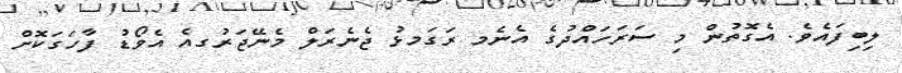
ލިބިފައެވެ. އެގޮތުން މި ސަރަހައްދުގެ އެނެމ ރަގަމޅު ޖެނެރަލް މެނޭޖަރުގއެ އެވޯޑު ފާހަގަކޮށް